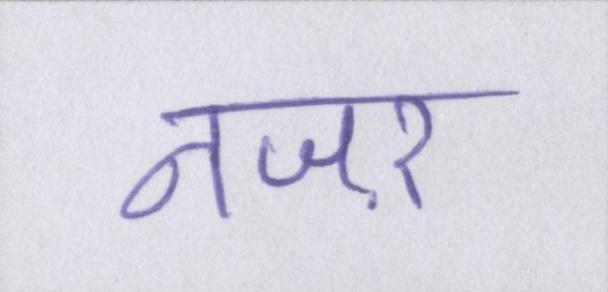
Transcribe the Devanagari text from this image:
नजऱ